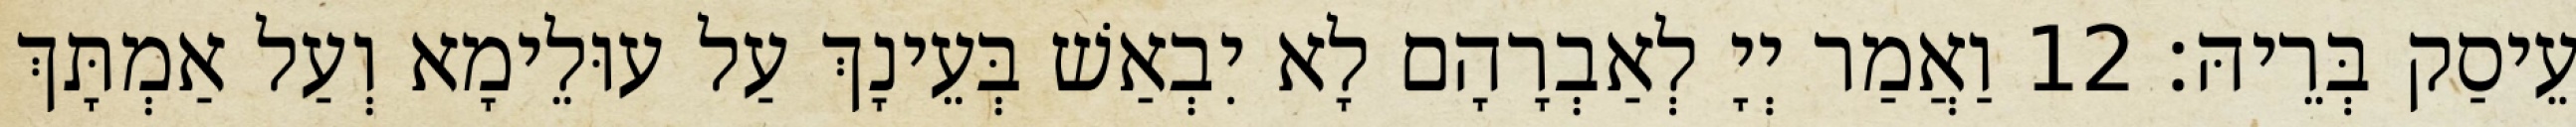
עֵיסַק בְּרֵיהּ׃ 12 וַאֲמַר יְיָ לְאַבְרָהָם לָא יִבְאַשׁ בְּעֵינָךְ עַל עוּלֵימָא וְעַל אַמְתָּךְ